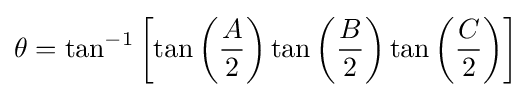
\theta =\tan ^{-1}\left[\tan \left({\frac {A}{2}}\right)\tan \left({\frac {B}{2}}\right)\tan \left({\frac {C}{2}}\right)\right]